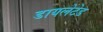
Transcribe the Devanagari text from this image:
डायलेटेड